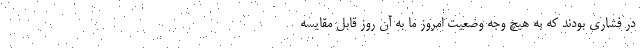
در فشاری بودند که به هیچ وجه وضعیت امروز ما به آن روز قابل مقایسه